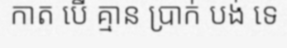
កាត បើ គ្មាន ប្រាក់ បង់ ទេ